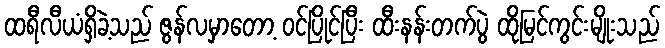
ထရီလီယံရှိခဲ့သည် ဇွန်လမှာတော့ ဝင်ပြိုင်ပြီး ထီးနန်းတက်ပွဲ ထိုမြင်ကွင်းမျိုးသည်